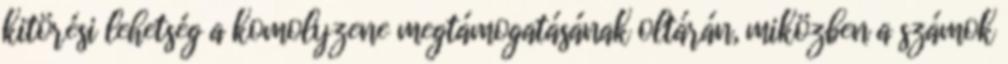
kitörési lehetség a komolyzene megtámogatásának oltárán, miközben a számok